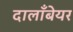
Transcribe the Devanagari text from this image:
दालाँबेयर